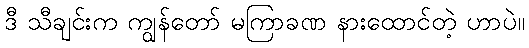
ဒီ သီချင်းက ကျွန်တော် မကြာခဏ နားထောင်တဲ့ ဟာပဲ။